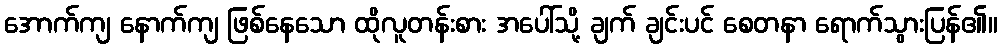
အောက်ကျ နောက်ကျ ဖြစ်နေသော ထိုလူတန်းစား အပေါ်သို့ ချက် ချင်းပင် စေတနာ ရောက်သွားပြန်၏။